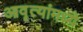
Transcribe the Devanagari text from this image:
आवृत्यांमध्ये